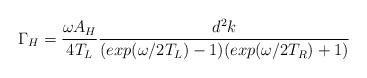
LaTeX: \begin{align*}\Gamma_H= \frac{\omega A_H }{4 T_L}\frac{ d^2k}{(exp(\omega/2T_L)-1)(exp(\omega/2T_R) + 1)}\end{align*}